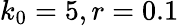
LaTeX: k_{0}=5,r=0.1